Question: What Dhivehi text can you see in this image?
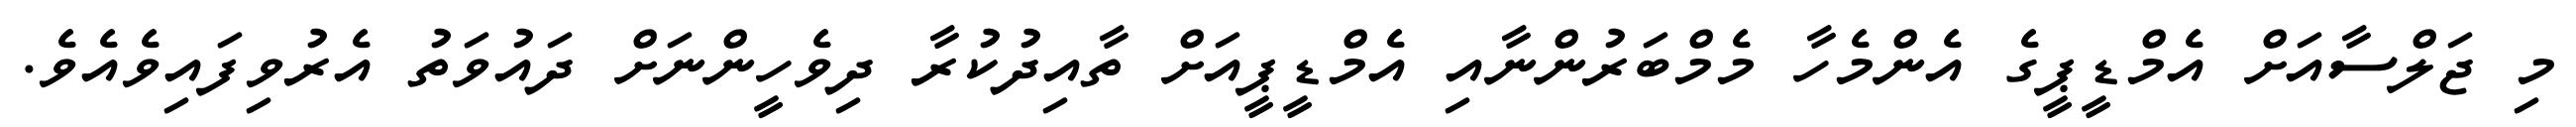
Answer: މި ޖަލްސާއަށް އެމްޑީޕީގެ އެންމެހާ މެމްބަރުންނާއި އެމްޑީޕީއަށް ތާއިދުކުރާ ދިވެހީންނަށް ދައުވަތު އެރުވިފައިވެއެވެ.